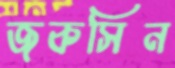
জকসিন